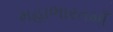
મહાભારતમાઁ